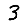
Digit: 3